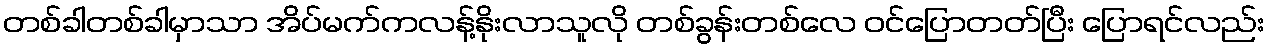
တစ်ခါတစ်ခါမှာသာ အိပ်မက်ကလန့်နိုးလာသူလို တစ်ခွန်းတစ်လေ ဝင်ပြောတတ်ပြီး ပြောရင်လည်း